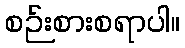
စဉ်းစားစရာပါ။